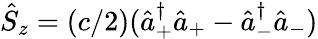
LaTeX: \hat{S}_{z}=(c/2)(\hat{a}_{+}^{\dagger}\hat{a}_{+}-\hat{a}_{-}^{\dagger}\hat{a}_{-})